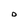
Character: D